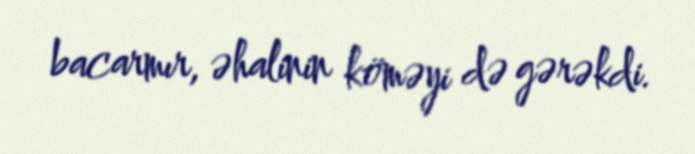
bacarmır, əhalinin köməyi də gərəkdi.